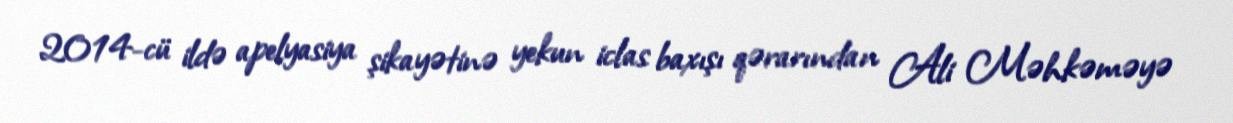
2014-cü ildə apelyasiya şikayətinə yekun iclas baxışı qərarından Ali Məhkəməyə